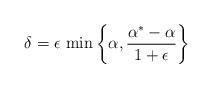
LaTeX: \begin{align*}\delta = \epsilon\, \min \left\{ \alpha, \frac{\alpha^\ast- \alpha}{1+\epsilon} \right\}\end{align*}